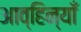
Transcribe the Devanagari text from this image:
आव्हिन्याँ